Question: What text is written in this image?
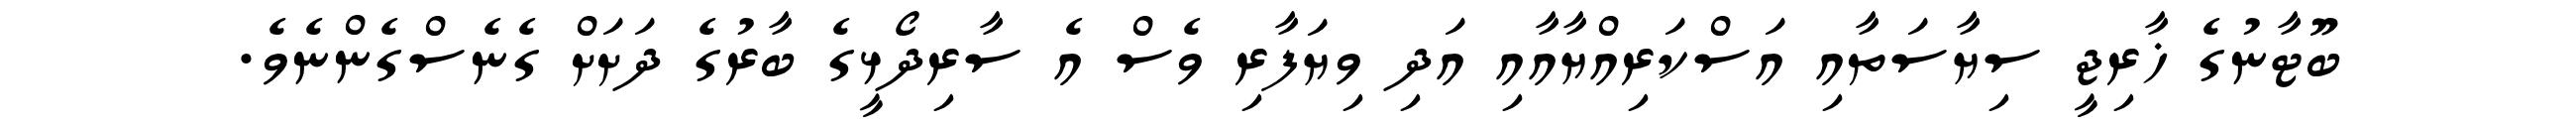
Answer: ބޫޓާނުގެ ޚާރިޖީ ސިޔާސަތާއި އަސްކަރިއްޔާއާއި އަދި ވިޔަފާރި ވެސް އެ ސާރިދޯޅީގެ ބާރުގެ ދަށަށް ގެނެސްގެންނެވެ.